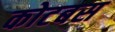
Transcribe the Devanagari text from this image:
कोटबस